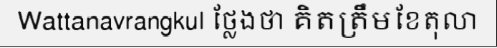
Wattanavrangkul ថ្លែងថា គិតត្រឹមខែតុលា